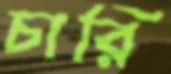
চারি